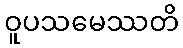
ဝူပသမေဿတိ